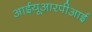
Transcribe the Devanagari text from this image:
आईयूआरपीआई